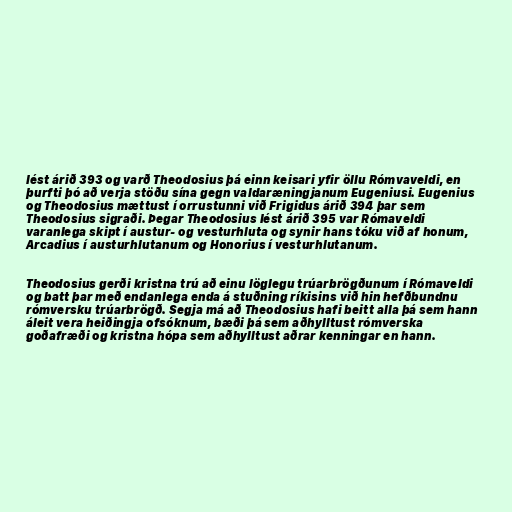
lést árið 393 og varð Theodosius þá einn keisari yfir öllu Rómvaveldi, en
þurfti þó að verja stöðu sína gegn valdaræningjanum Eugeniusi. Eugenius
og Theodosius mættust í orrustunni við Frigidus árið 394 þar sem
Theodosius sigraði. Þegar Theodosius lést árið 395 var Rómaveldi
varanlega skipt í austur- og vesturhluta og synir hans tóku við af honum,
Arcadius í austurhlutanum og Honorius í vesturhlutanum.

Theodosius gerði kristna trú að einu löglegu trúarbrögðunum í Rómaveldi
og batt þar með endanlega enda á stuðning ríkisins við hin hefðbundnu
rómversku trúarbrögð. Segja má að Theodosius hafi beitt alla þá sem hann
áleit vera heiðingja ofsóknum, bæði þá sem aðhylltust rómverska
goðafræði og kristna hópa sem aðhylltust aðrar kenningar en hann.